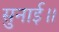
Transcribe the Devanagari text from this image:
सुनाई॥